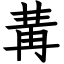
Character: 冓